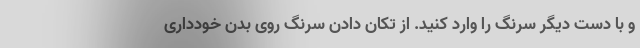
و با دست دیگر سرنگ را وارد کنید. از تکان دادن سرنگ روی بدن خودداری